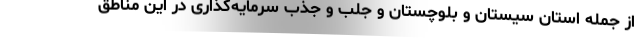
از جمله استان سیستان و بلوچستان و جلب و جذب سرمایه‌گذاری در این مناطق